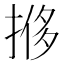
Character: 𫽎